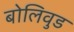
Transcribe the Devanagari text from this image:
बोलिवुड